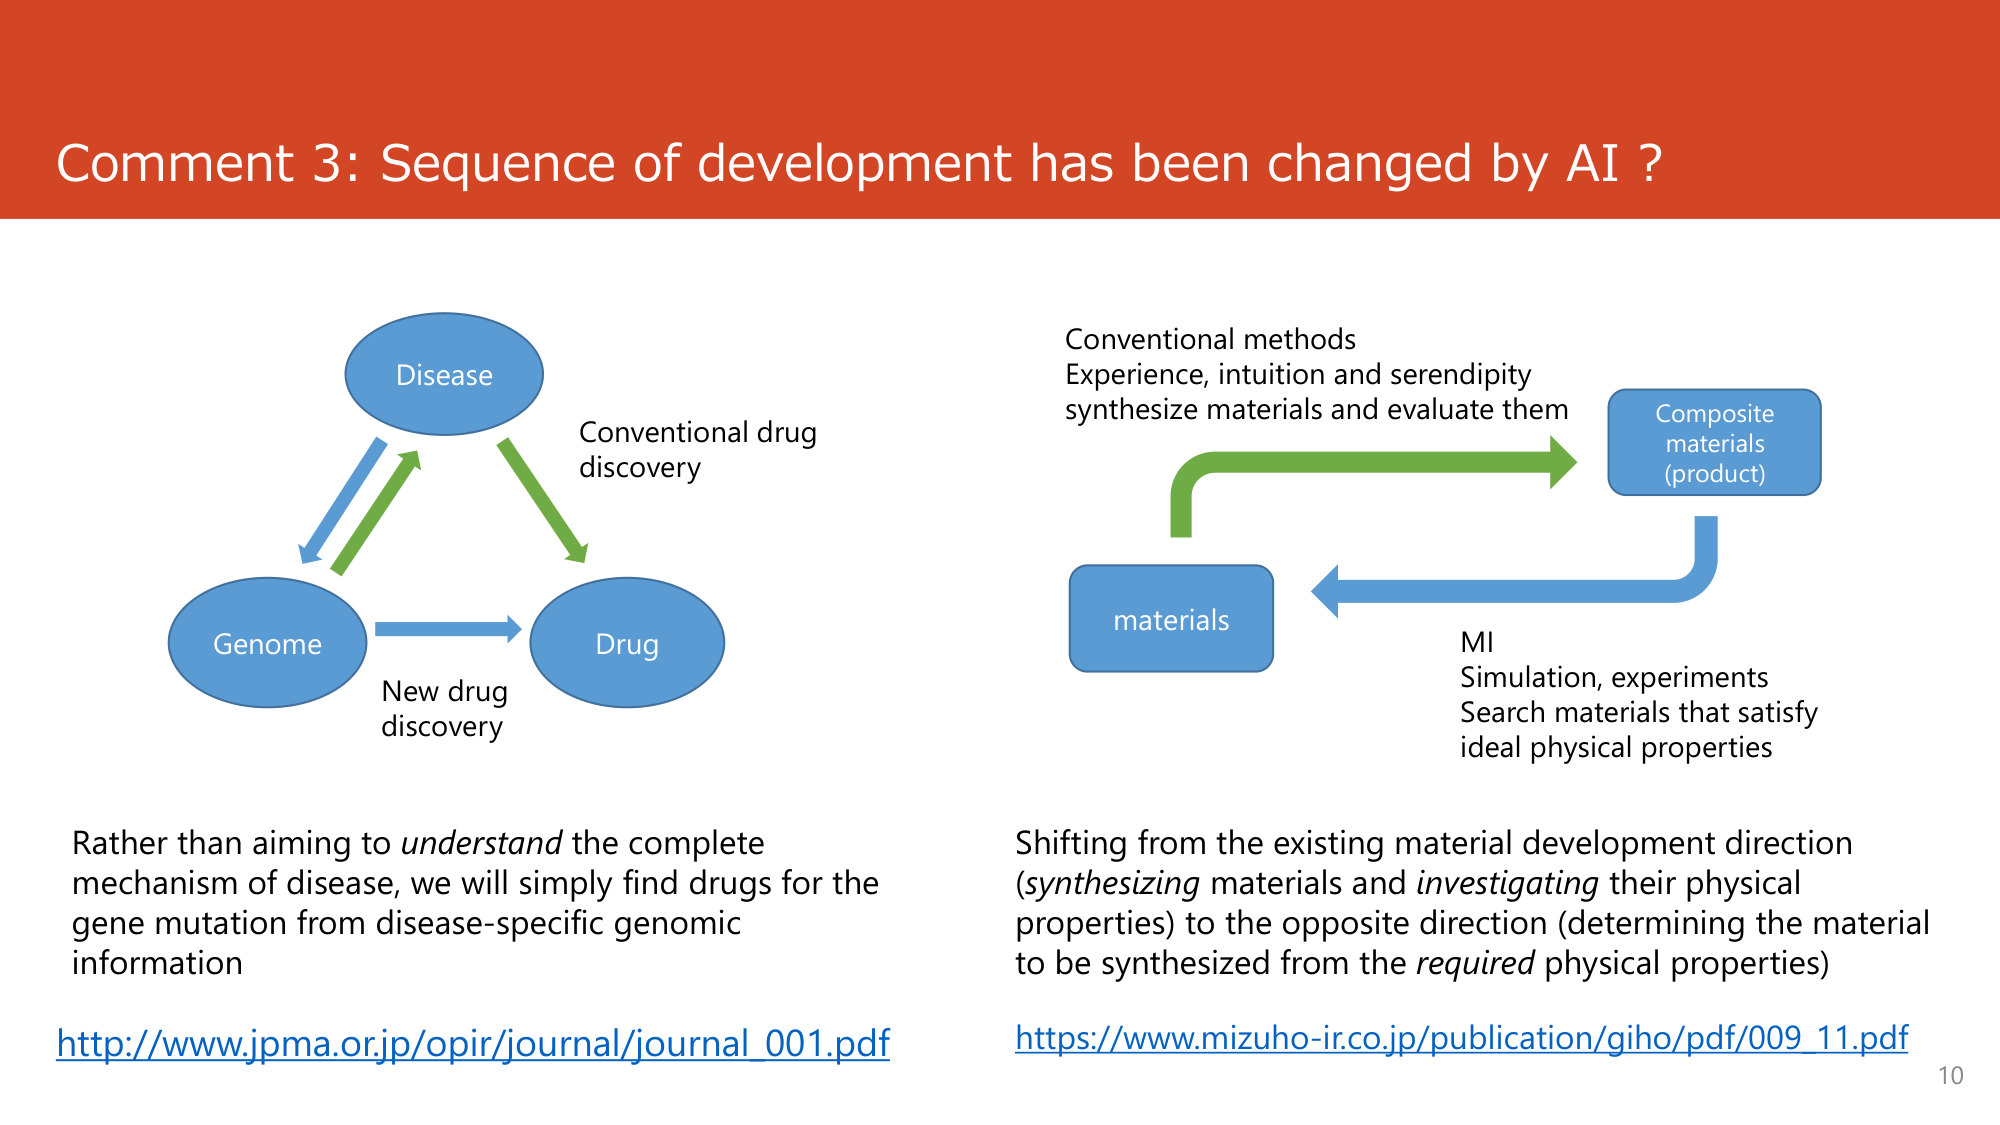
Comment 3: Sequence of development has been changed by AI?

Disease
Conventional drug discovery
Genome
Drug
New drug discovery

Rather than aiming to understand the complete mechanism of disease, we will simply find drugs for the gene mutation from disease-specific genomic information
http://www.jpma.or.jp/opir/journal/journal_001.pdf

Conventional methods
Experience, intuition and serendipity
synthesize materials and evaluate them
Composite materials (product)
materials
MI
Simulation, experiments
Search materials that satisfy ideal physical properties

Shifting from the existing material development direction (synthesizing materials and investigating their physical properties) to the opposite direction (determining the material to be synthesized from the required physical properties)
https://www.mizuho-ir.co.jp/publication/giho/pdf/009_11.pdf

10